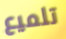
تلميع